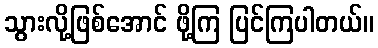
သွားလို့ဖြစ်အောင် ဖို့ကြ ပြင်ကြပါတယ်။